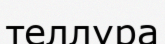
теллура